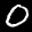
Label: 0